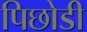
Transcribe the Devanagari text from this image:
पिछोडी